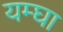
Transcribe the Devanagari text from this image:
यम्घा